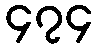
၄၇၄